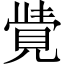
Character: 𮗓